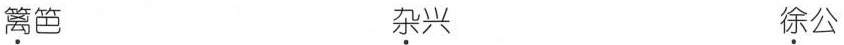
\underset{·}{篱}笆 \underset{·}{杂}兴 \underset{·}{徐}公